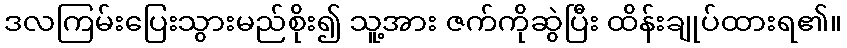
ဒလကြမ်းပြေးသွားမည်စိုး၍ သူ့အား ဇက်ကိုဆွဲပြီး ထိန်းချုပ်ထားရ၏။